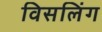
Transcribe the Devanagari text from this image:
विसलिंग